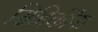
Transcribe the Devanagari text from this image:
सिद्दिकींना